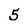
Character: 5